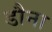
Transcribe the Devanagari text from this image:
डौना